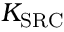
K _ { \mathrm { S R C } }